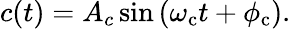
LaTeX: c(t)=A_{c}\sin\left(\omega_{\mathrm{c}}t+\phi_{\mathrm{c}}\right).